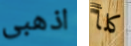
اذهبى كلأ